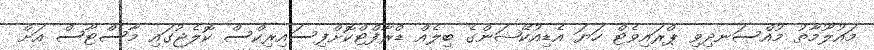
މައުލޫމާތު މުއްސަނދިވި ޕްރައިވެޓް ހަޔަ އެޑިއުކޭޝަންގެ ބިލެއް ޑްރާފްޓްކޮށްފިސައިރިކްސް ކޮލެޖުގައި މާސްޓާސް އަށް